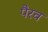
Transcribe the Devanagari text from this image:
पैरव